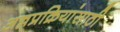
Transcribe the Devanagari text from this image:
अन्नप्रक्रियांसाठी